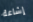
إشاعة